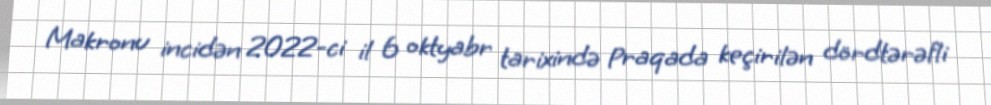
Makronu incidən 2022-ci il 6 oktyabr tarixində Praqada keçirilən dördtərəfli